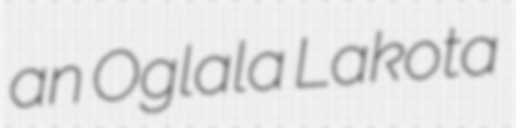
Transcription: an Oglala Lakota